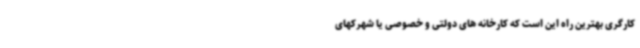
کارگری بهترین راه این است که کارخانه های دولتی و خصوصی یا شهرکهای